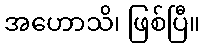
အဟောသိ၊ ဖြစ်ပြီ။